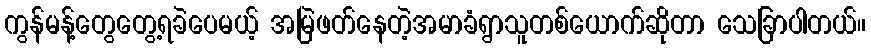
ကွန်မန့်တွေတွေ့ရခဲပေမယ့် အမြဲဖတ်နေတဲ့အမာခံရွာသူတစ်ယောက်ဆိုတာ သေခြာပါတယ်။